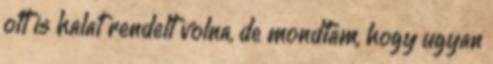
ott is halat rendelt volna, de mondtam, hogy ugyan